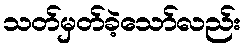
သတ်မှတ်ခဲ့သော်လည်း